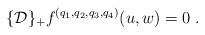
\begin{align*} \{{\cal D}\}_+ f^{(q_1,q_2,q_3,q_4)} (u,w) = 0\;.\end{align*}